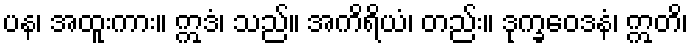
ပန၊ အထူးကား။ ဣဒံ၊ သည်။ အကိရိယံ၊ တည်း။ ဒုက္ခဝေဒနံ၊ ဣတိ၊